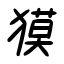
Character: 獏